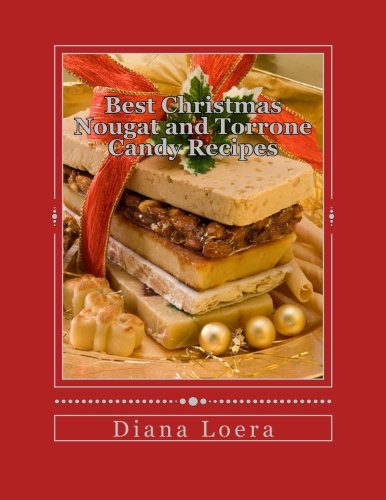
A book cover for Best Christmas Nougat and Torrone Candy Recipes: Nougat & Torrone Recipes Sure to Delight; Diana Loera; Cookbooks, Food & Wine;